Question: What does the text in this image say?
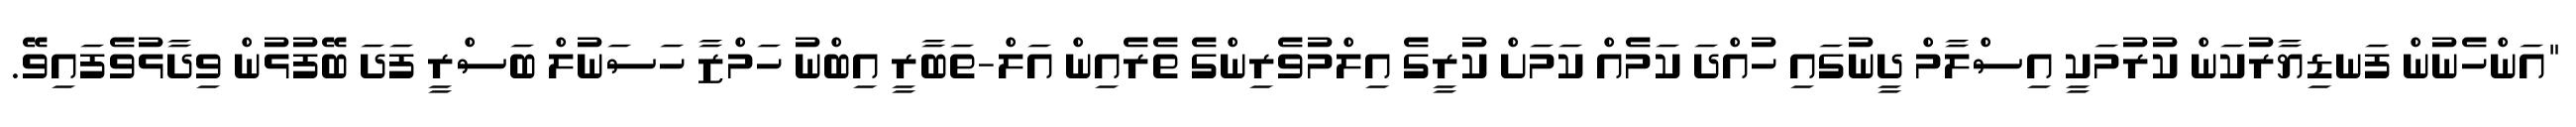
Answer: "އަންހެނުން ފަނޑިޔާރުކަން ކުރުމަކީ އިސްލާމް ދީނުގައި ހުއްދަ ކަމެއް ކަމަށް ކުރީގެ އިލްމުވެރިންގެ ތެރެއިން އަލް-ތަބާރީ އިބްނު ހަމްޒާ ހަސަނުލް ބަސްރީ ފަދަ ބޭފުޅުން ވިދާޅުވެފައިވޭ.